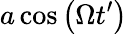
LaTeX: a\cos{\left(\Omega t^{\prime}\right)}